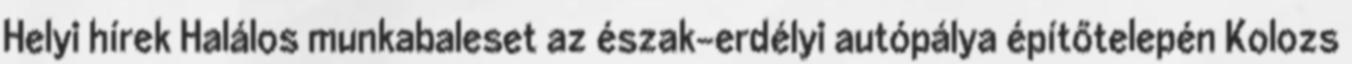
Helyi hírek Halálos munkabaleset az észak-erdélyi autópálya építőtelepén Kolozs